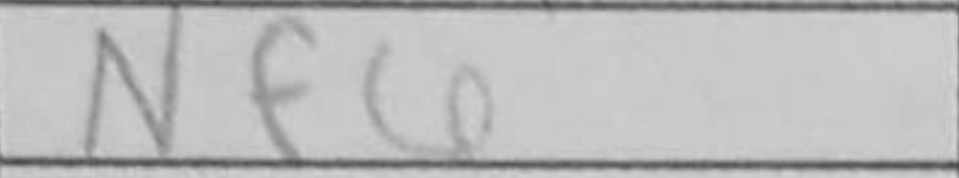
Transcription: Nf6